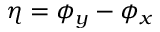
\eta = \phi _ { y } - \phi _ { x }